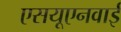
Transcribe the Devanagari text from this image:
एसयूएनवाई